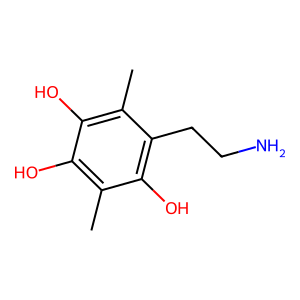
SMILES: Cc1c(O)c(O)c(C)c(CCN)c1O
Inhibits HIV replication: No